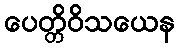
ပေတ္တိဝိသယေန